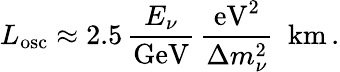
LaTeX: L_{\mathrm{osc}}\approx 2.5\, \frac{E_{\nu}}{\mathrm{GeV}}\, \frac{\mathrm{eV}^{2}}{\Delta m_{\nu}^{2}}\, \, \, \mathrm{km}\, .